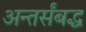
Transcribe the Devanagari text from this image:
अन्तर्संबद्ध